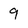
Character: 9